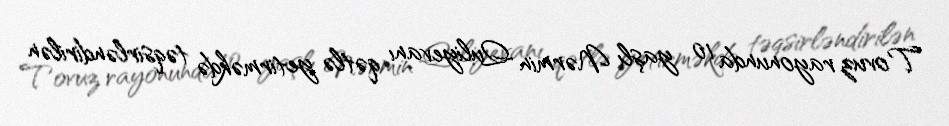
Tovuz rayonunda 10 yaşlı Nərmin Quliyevanı qətlə yetirməkdə təqsirləndirilən